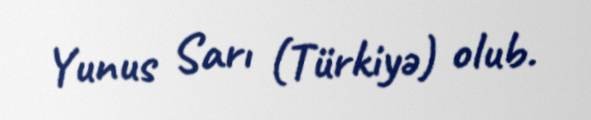
Yunus Sarı (Türkiyə) olub.